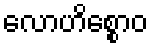
လောဟိစ္စောဝ